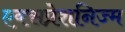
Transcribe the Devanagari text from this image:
एक्सप्रेशनिज्म